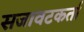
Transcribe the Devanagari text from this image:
सजावटकर्ता